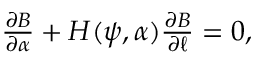
\begin{array} { r } { \frac { \partial B } { \partial \alpha } + H ( \psi , \alpha ) \frac { \partial B } { \partial \ell } = 0 , } \end{array}